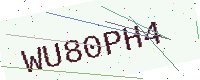
Text: WU80PH4